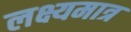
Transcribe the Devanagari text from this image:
लक्ष्यमात्र